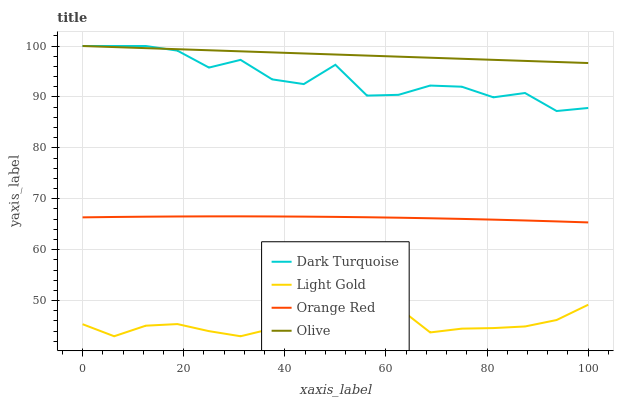
| xaxis_label | Dark Turquoise | Light Gold | Orange Red | Olive |
 | --- | --- | --- | --- | --- |
 | 0 | 100 | 45.4 | 66.3 | 100 |
 | 6.25 | 100 | 43 | 66.4 | 99.8 |
 | 12.5 | 100 | 45.1 | 66.5 | 99.6 |
 | 18.8 | 99.1 | 45.4 | 66.5 | 99.4 |
 | 25 | 95.8 | 44 | 66.5 | 99.2 |
 | 31.2 | 97.3 | 43 | 66.5 | 99 |
 | 37.5 | 93.4 | 44.5 | 66.5 | 98.7 |
 | 43.8 | 92.5 | 43.3 | 66.5 | 98.5 |
 | 50 | 96.3 | 43.9 | 66.4 | 98.3 |
 | 56.2 | 90.3 | 46.3 | 66.4 | 98.1 |
 | 62.5 | 90.4 | 48.6 | 66.3 | 97.9 |
 | 68.8 | 92.2 | 43.7 | 66.2 | 97.7 |
 | 75 | 92 | 44.5 | 66 | 97.5 |
 | 81.2 | 89.9 | 44.6 | 65.9 | 97.3 |
 | 87.5 | 90.8 | 44.9 | 65.7 | 97.1 |
 | 93.8 | 87.2 | 46.2 | 65.6 | 96.9 |
 | 100 | 87.8 | 49.2 | 65.4 | 96.7 |